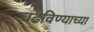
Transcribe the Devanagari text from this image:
चढविण्याच्या